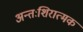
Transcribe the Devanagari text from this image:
अन्तःशिरात्मक